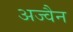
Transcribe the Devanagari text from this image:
अज्वैन